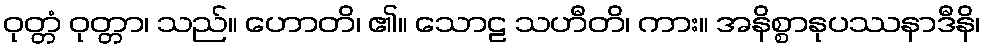
ဝုတ္တံ ဝုတ္တာ၊ သည်။ ဟောတိ၊ ၏။ သောဠ သဟီတိ၊ ကား။ အနိစ္စာနုပဿနာဒီနိ၊